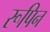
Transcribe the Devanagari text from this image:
रूपिन